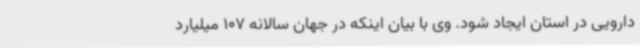
دارویی در استان ایجاد شود. وی با بیان اینکه در جهان سالانه 107 میلیارد